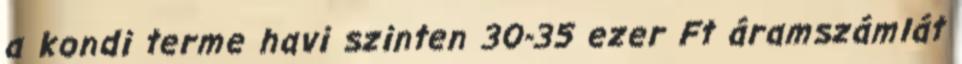
a kondi terme havi szinten 30-35 ezer Ft áramszámlát